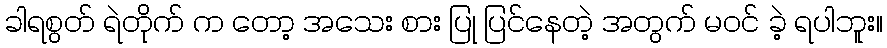
ခါရစွတ် ရဲတိုက် က တော့ အသေး စား ပြု ပြင်နေတဲ့ အတွက် မဝင် ခဲ့ ရပါဘူး။